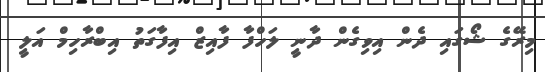
މިރޭގެ ޝޯގައި ދެން އިވިގެން ދާނީ ލަހްފާ ފާއިޒް އިފާގަތު އިބްރާހިމް އަލީ